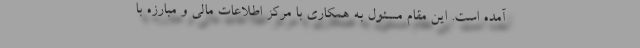
آمده است. این مقام مسئول به همکاری با مرکز اطلاعات مالی و مبارزه با